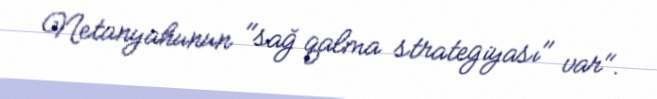
Netanyahunun "sağ qalma strategiyası" var".